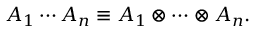
A _ { 1 } \cdots A _ { n } \equiv A _ { 1 } \otimes \cdots \otimes A _ { n } .